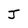
Character: J